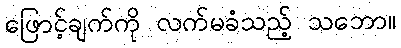
ဖြောင့်ချက်ကို လက်မခံသည့် သဘော။